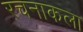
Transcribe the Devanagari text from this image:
रचनाकला